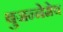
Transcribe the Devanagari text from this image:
बुजन्नेमेच